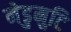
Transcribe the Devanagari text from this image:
नेडुमुटि